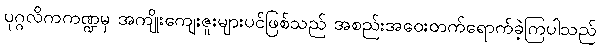
ပုဂ္ဂလိကကဏ္ဍမှ အကျိုးကျေးဇူးများပင်ဖြစ်သည် အစည်းအဝေးတက်ရောက်ခဲ့ကြပါသည်